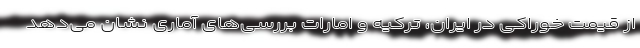
از قیمت خوراکی در ایران، ترکیه و امارات بررسی‌های آماری نشان می‌دهد